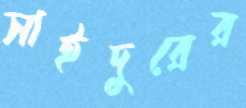
সাইদুরের